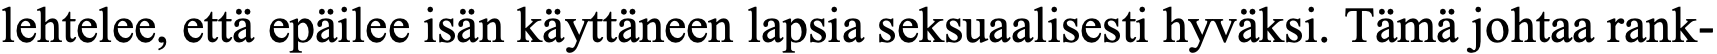
lehtelee, että epäilee isän käyttäneen lapsia seksuaalisesti hyväksi. Tämä johtaa rank-